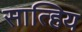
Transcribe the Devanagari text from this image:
सात्हिय